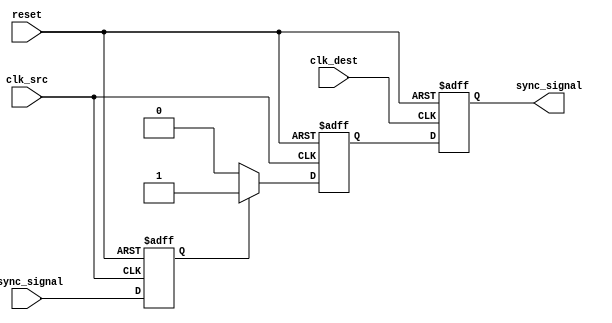
module pulsed_synchronizer (
    input wire clk_src,          // Source clock
    input wire clk_dest,         // Destination clock
    input wire async_signal,      // Asynchronous input signal
    input wire reset,             // Asynchronous reset
    output reg sync_signal        // Synchronized output signal
);

    // Intermediate signals
    reg async_signal_ff;          // First flip-flop output (in source clock domain)
    reg pulse;                    // Pulse signal (in destination clock domain)

    // Stage 1: First flip-flop in the source clock domain
    always @(posedge clk_src or posedge reset) begin
        if (reset) begin
            async_signal_ff <= 1'b0;
        end else begin
            async_signal_ff <= async_signal;
        end
    end

    // Generate pulse signal based on the transition of async_signal_ff
    always @(posedge clk_src or posedge reset) begin
        if (reset) begin
            pulse <= 1'b0;
        end else begin
            if (async_signal_ff) begin
                pulse <= 1'b1; // Generate pulse on detection of rising edge
            end else begin
                pulse <= 1'b0; // Deassert pulse after one clock cycle
            end
        end
    end

    // Stage 2: Second flip-flop in the destination clock domain
    always @(posedge clk_dest or posedge reset) begin
        if (reset) begin
            sync_signal <= 1'b0;
        end else begin
            sync_signal <= pulse; // Capture the pulse
        end
    end

endmodule